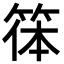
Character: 𥮋